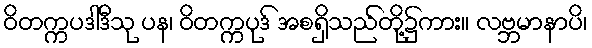
ဝိတက္ကပဒါဒီသု ပန၊ ဝိတက္ကပုဒ် အစရှိသည်တို့၌ကား။ လဗ္ဘမာနာပိ၊